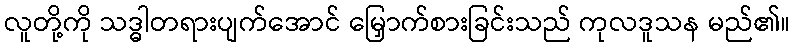
လူတို့ကို သဒ္ဓါတရားပျက်အောင် မြှောက်စားခြင်းသည် ကုလဒူသန မည်၏။